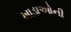
ખાડાઓની